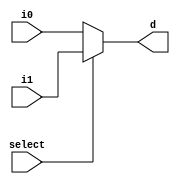
`timescale 1ns / 1ps
//////////////////////////////////////////////////////////////////////////////////
// Company: 
// Engineer: 
// 
// Design Name: 
// Module Name: mux2to1
// Project Name: 
// Target Devices: 
// Tool Versions: 
// Description: 
// 
// Dependencies: 
// 
// Revision:
// Revision 0.01 - File Created
// Additional Comments:
// 
//////////////////////////////////////////////////////////////////////////////////


module mux2to1(
    input  i0,
    input  i1,
    input  select,
    output reg d
    );
    
    
    always @(i0,i1,select)
    begin
        d = 0;
        
        if(select == 1'b0) begin
            d = i0;
        end
        else if(select == 1'b1) begin
            d = i1;
        end
    end    
    
endmodule